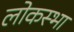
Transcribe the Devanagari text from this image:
लोकस्भा